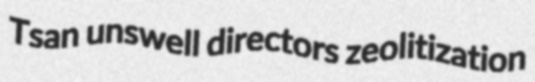
Tsan unswell directors zeolitization